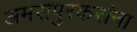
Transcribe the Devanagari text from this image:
अमरापुरकरांना